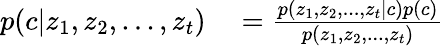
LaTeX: \begin{array}{rl}{p(c|z_{1},z_{2},...,z_{t})}&{{}=\frac{p(z_{1},z_{2},...,z_{t}|c)p(c)}{p(z_{1},z_{2},...,z_{t})}}\end{array}